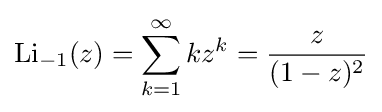
\operatorname {Li} _{-1}(z)=\sum _{k=1}^{\infty }kz^{k}={\frac {z}{(1-z)^{2}}}